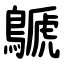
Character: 鷈